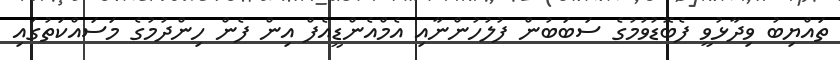
ތައްޔިބު ވިދާޅުވީ ފެބޮޑުވުމުގެ ސަބަބުން ފުލުހުންނާއި އެމްއެންޑީއެފް އިން ފެން ހިންދުމުގެ މަސައްކަތުގައި